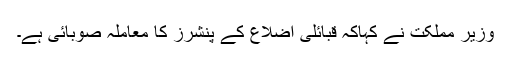
وزیر مملکت نے کہاکہ قبائلی اضلاع کے پنشرز کا معاملہ صوبائی ہے۔